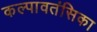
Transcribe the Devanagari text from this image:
कल्पावतंसिका